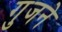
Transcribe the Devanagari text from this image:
गुजने